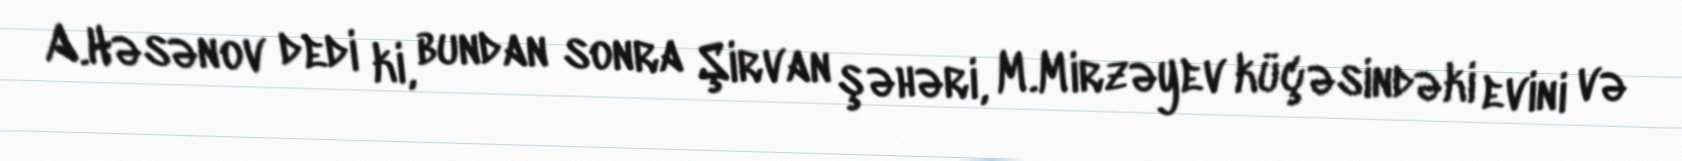
A.Həsənov dedi ki, bundan sonra Şirvan şəhəri, M.Mirzəyev küçəsindəki evini və